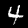
Label: 4